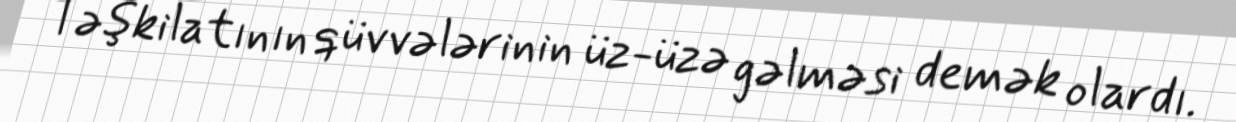
Təşkilatının qüvvələrinin üz-üzə gəlməsi demək olardı.